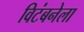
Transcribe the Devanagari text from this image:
विटंबनेला